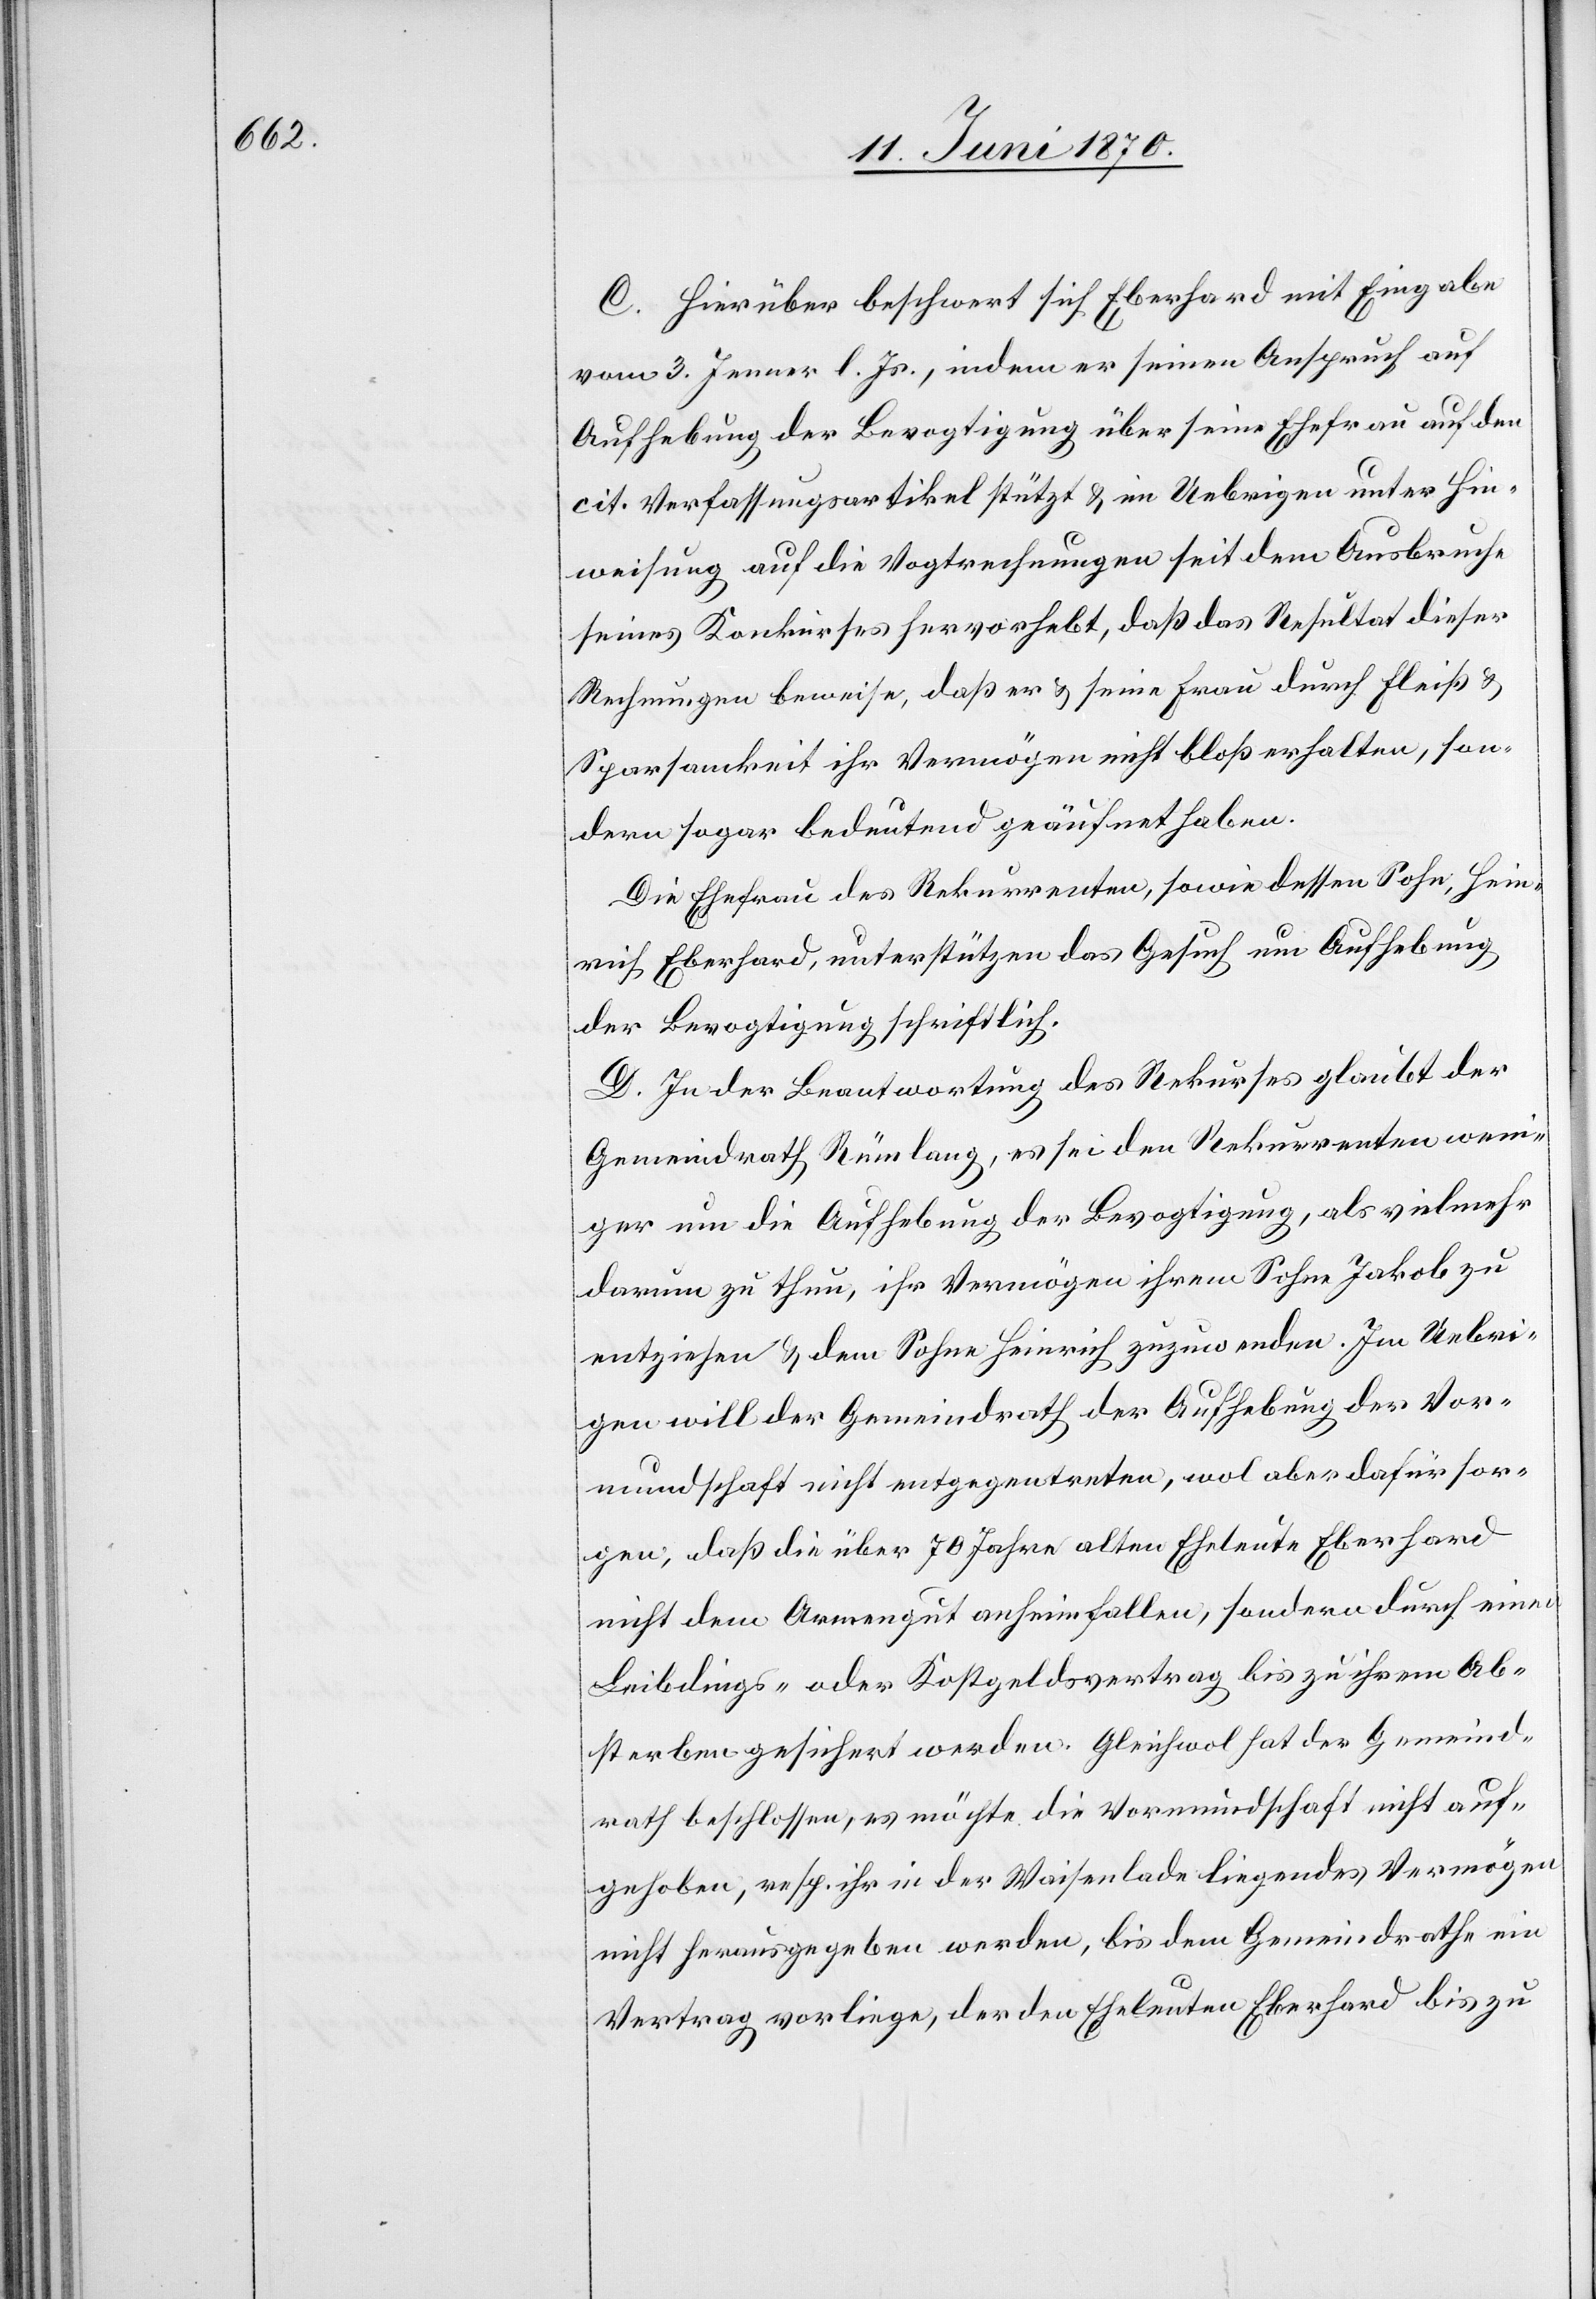
C. Hierüber beschwert sich Eberhard mit Eingabe
vom 3. Jenner l. Js., indem er seinen Anspruch auf
Aufhebung der Bevogtigung über seine Ehefrau auf den
cit. Verfassungsartikel stützt & im Uebrigen unter Hin¬
weisung auf die Vogtrechnungen seit dem Ausbruche
seines Konkurses hervorhebt, daß das Resultat dieser
Rechnungen beweise, daß er & seine Frau durch Fleiß &
Sparsamkeit ihr Vermögen nicht bloß erhalten, son¬
dern sogar bedeutend geäufnet haben.
Die Ehefrau des Rekurrenten, sowie dessen Sohn, Hein¬
rich Eberhard, unterstützen das Gesuch um Aufhebung
der Bevogtigung schriftlich.
D. In der Beantwortung des Rekurses glaubt der
Gemeindrath Rümlang, es sei den Rekurrenten weni¬
ger um die Aufhebung der Bevogtigung, als vielmehr
darum zu thun, ihr Vermögen ihrem Sohne Jakob zu
entziehen & dem Sohne Heinrich zuzuwenden. Im Uebri¬
gen will der Gemeindrath der Aufhebung der Vor¬
mundschaft nicht entgegentreten, wol aber dafür sor¬
gen, daß die über 70 Jahre alten Eheleute Eberhard
nicht dem Armengut anheimfallen, sondern durch einen
Leibdings- oder Kostgeldsvertrag bis zu ihrem Ab¬
sterben gesichert werden. Gleichwol hat der Gemeind¬
rath beschlossen, es möchte die Vormundschaft nicht auf¬
gehoben, resp. ihr in der Waisenlade liegendes Vermögen
nicht herausgegeben werden, bis dem Gemeindrathe ein
Vertrag vorliege, der den Eheleuten Eberhard bis zu